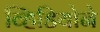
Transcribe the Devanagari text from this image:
व्हिडियोने